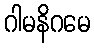
ဂါမနိဂမေ